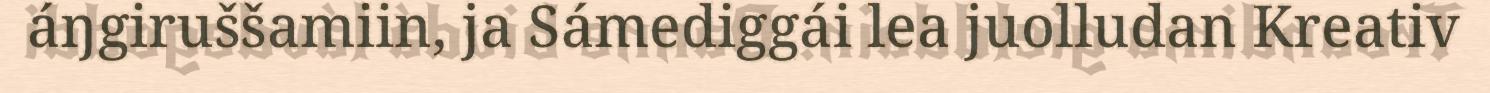
áŋgiruššamiin, ja Sámediggái lea juolludan Kreativ